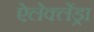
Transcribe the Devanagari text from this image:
ऐलेक्लेंड्रा